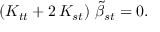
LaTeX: \left( K _ { t t } + 2 \, K _ { s t } \right) \, { \tilde { \beta } } _ { s t } = 0 .